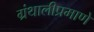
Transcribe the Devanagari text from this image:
ग्रंथालीप्रमाणे